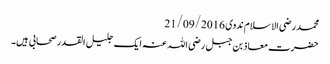
محمد رضی الاسلام ندوی 21/09/2016
حضرت معاذ بن جبل رضی اللہ عنہ ایک جلیل القدر صحابی ہیں۔